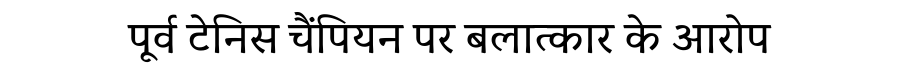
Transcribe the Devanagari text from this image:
पूर्व टेनिस चैंपियन पर बलात्कार के आरोप